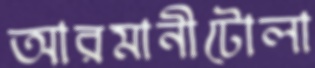
আরমানীটোলা